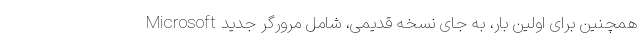
همچنین برای اولین بار، به جای نسخه قدیمی، شامل مرورگر جدید Microsoft